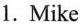
1. Mike